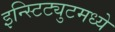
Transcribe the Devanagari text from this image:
इन्स्टिट्युटमध्ये